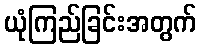
ယုံကြည်ခြင်းအတွက်